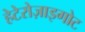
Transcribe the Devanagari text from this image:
हेटेरोज़ाइगोट